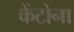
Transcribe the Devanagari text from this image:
केंटोना